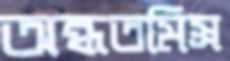
অন্ধতমিস্র